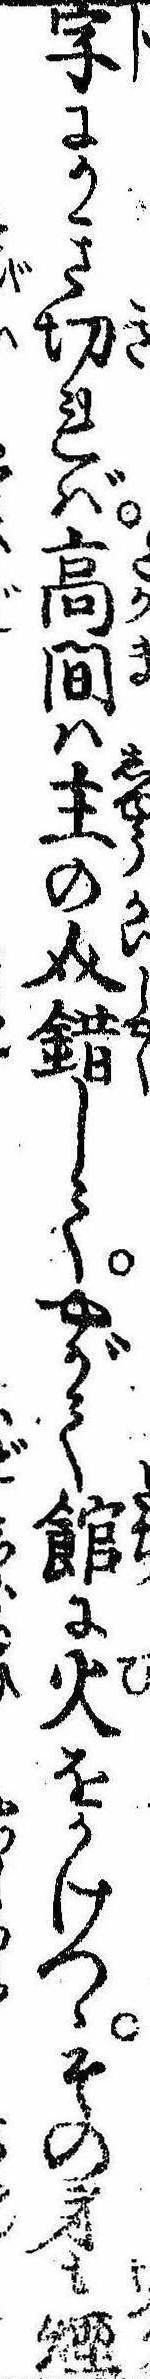
字にかき切れば高間は主の介錯してやがて館に火をかけつゝその身も煙